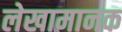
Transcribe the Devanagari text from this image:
लेखामानक